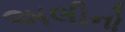
અલીનો